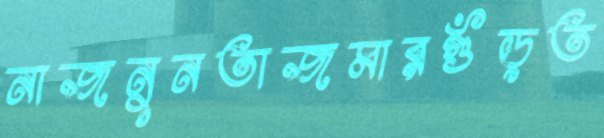
নাজনুনতাজমারগুঁড়ত